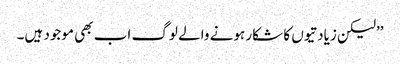
’’لیکن زیادتیوں کا شکار ہونے والے لوگ اب بھی موجود ہیں۔